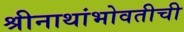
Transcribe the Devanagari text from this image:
श्रीनाथांभोवतीची